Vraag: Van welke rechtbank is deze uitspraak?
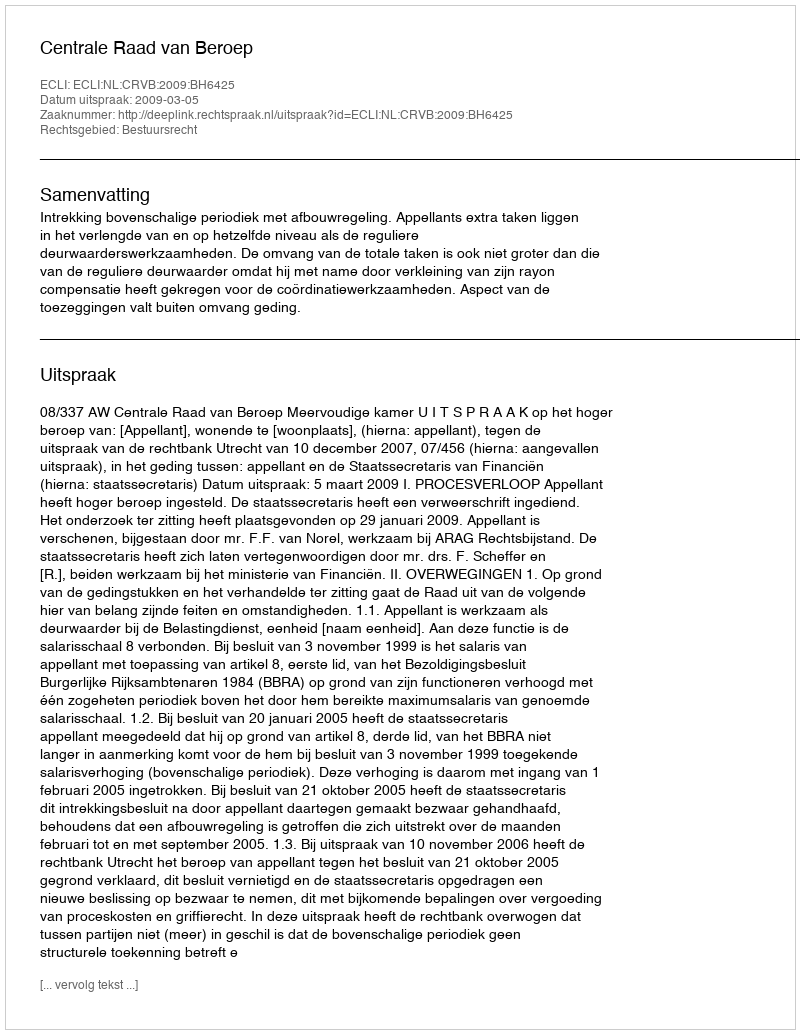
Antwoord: Centrale Raad van Beroep